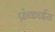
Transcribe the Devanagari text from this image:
फ्रंकाईस